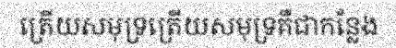
ត្រើយសមុទ្រត្រើយសមុទ្រគឺជាកន្លែង